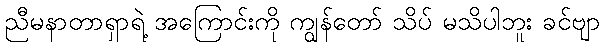
ညီမနာတာရှာရဲ့ အကြောင်းကို ကျွန်တော် သိပ် မသိပါဘူး ခင်ဗျာ